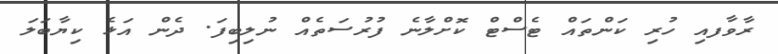
ރާވާފއި ހުރި ކަންތައް ޓެސްޓް ކޮށްލާނެ ފުރުސަތެއް ނުލިބިފަ. ދެން އަޅެ ކިޔާބަލަ